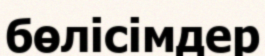
бөлісімдер